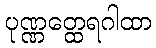
ပုဏ္ဏတ္ထေရဂါထာ